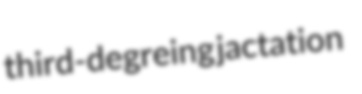
third-degreing jactation